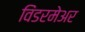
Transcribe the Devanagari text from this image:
विंडरमेअर